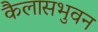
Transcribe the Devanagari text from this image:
कैलासभुवन